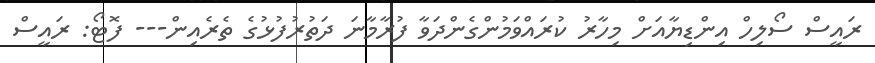
ރައީސް ސޯލިހް އިންޑިޔާއަށް މިހާރު ކުރައްވަމުންގެންދަވާ ފުރާމާނަ ދަތުރުފުޅުގެ ތެރެއިން--- ފޮޓޯ: ރައީސް